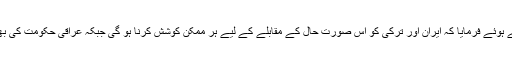
رہبر انقلاب اسلامی نے ہمسایہ ملکوں پر اس کے طویل المدت اثرات کی جانب اشارہ کرتے ہوئے فرمایا کہ ایران اور ترکی کو اس صورت حال کے مقابلے کے لیے ہر ممکن کوشش کرنا ہو گی جبکہ عراقی حکومت کی بھی ذمہ داری ہے کہ وہ اس معاملے سے نمٹنے کے لیے ٹھوس حکمت عملی اختیار کرے۔